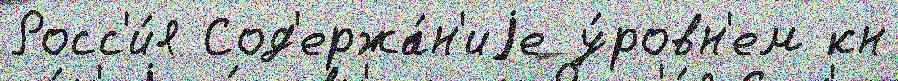
Росс'и́я Сод'ержа́н'иjе у́ровн'ем кн